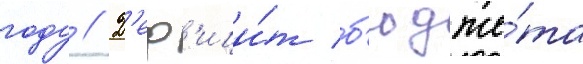
году // Д'еф'ици́т б'юдже́та